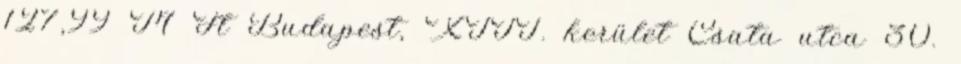
127,99 M Ft Budapest, XIII. kerület Csata utca 30.